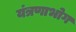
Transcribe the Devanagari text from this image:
यंत्रणाभोग